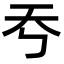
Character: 𡗙